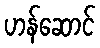
ဟန်ဆောင်